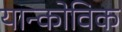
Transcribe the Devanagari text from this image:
यान्कोविक